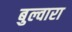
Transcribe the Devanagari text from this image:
बुल्वारा